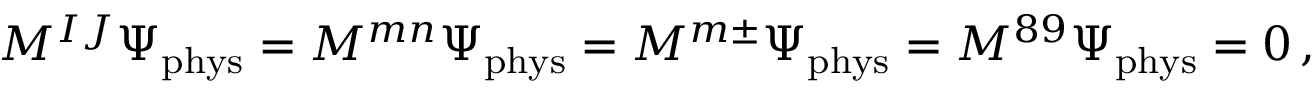
M ^ { I J } \Psi _ { \mathrm { p h y s } } = M ^ { m n } \Psi _ { \mathrm { p h y s } } = M ^ { m \pm } \Psi _ { \mathrm { p h y s } } = M ^ { 8 9 } \Psi _ { \mathrm { p h y s } } = 0 \, ,